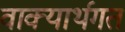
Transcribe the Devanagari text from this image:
वाक्यार्थगत